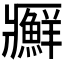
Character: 𰤊